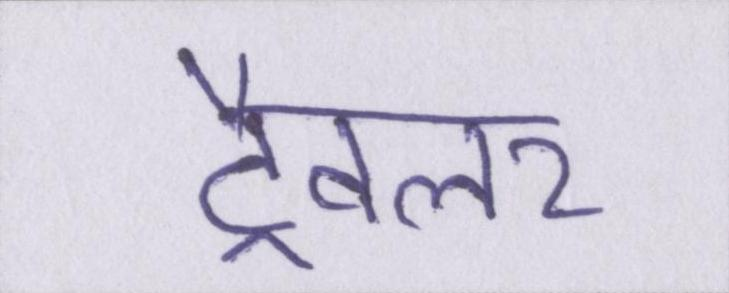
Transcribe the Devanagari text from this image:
ट्रैवलर